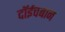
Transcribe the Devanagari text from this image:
दॉईचबान